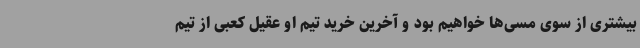
بیشتری از سوی مسی‌ها خواهیم بود و آخرین خرید تیم او عقیل کعبی از تیم